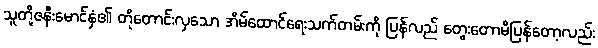
သူတို့ဇနီးမောင်နှံ၏ တိုတောင်းလှသော အိမ်ထောင်ရေးသက်တမ်းကို ပြန်လည် တွေးတောမိပြန်တော့လည်း